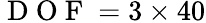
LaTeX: \mathrm{~D~O~F~}=3\times 40